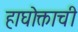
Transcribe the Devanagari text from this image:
हाघोक्ताची